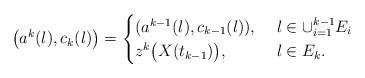
LaTeX: \begin{align*}\big(a^k(l),c_k(l)\big)=\begin{cases}(a^{k-1}(l),c_{k-1}(l)),&~l\in \cup_{i=1}^{k-1} E_i \\z^k\big(X(t_{k-1})\big),&~l\in E_k.\end{cases}\end{align*}